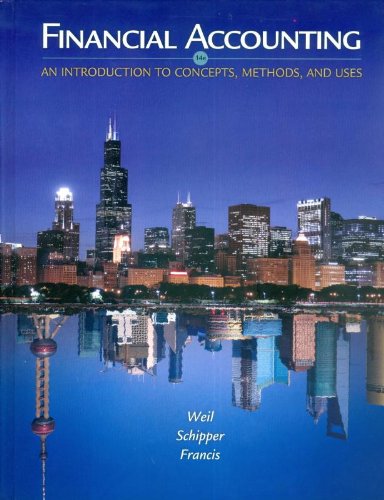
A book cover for Financial Accounting: An Introduction to Concepts, Methods and Uses; Roman L. Weil; Business & Money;